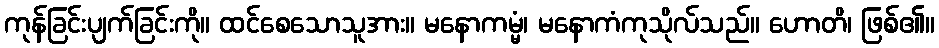
ကုန်ခြင်းပျက်ခြင်းကို။ ထင်စေသောသူအား။ မနောကမ္မံ၊ မနောကံကုသိုလ်သည်။ ဟောတိ၊ ဖြစ်၏။